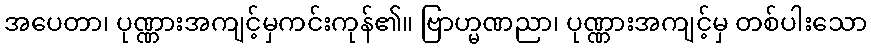
အပေတာ၊ ပုဏ္ဏားအကျင့်မှကင်းကုန်၏။ ဗြာဟ္မဏညာ၊ ပုဏ္ဏားအကျင့်မှ တစ်ပါးသော